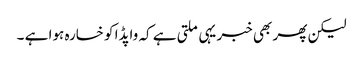
لیکن پھر بھی خبر یہی ملتی ہے کہ واپڈا کو خسارہ ہوا ہے ۔